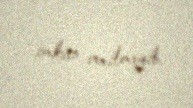
imkan verilməyib.